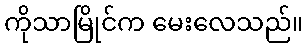
ကိုသာမြိုင်က မေးလေသည်။